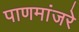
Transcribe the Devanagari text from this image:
पाणमांजरे